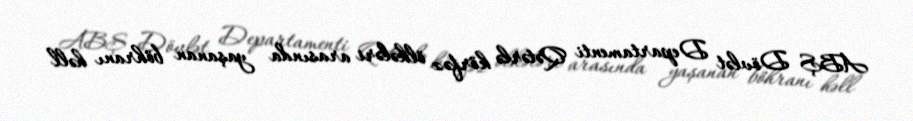
ABŞ Dövlət Departamenti Qətərlə körfəz ölkələri arasında yaşanan böhranı həll